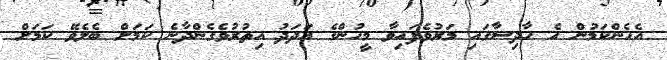
އެހެންކަމުން އެ ހާދިސާގައި މަރުވެފައިވާ މީހުންގެ އަދަދު އިތުރުވެގެންދާނެ ކަމަށް ބެލެވޭ ކަމަށް